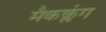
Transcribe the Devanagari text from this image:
मैकक्लंग